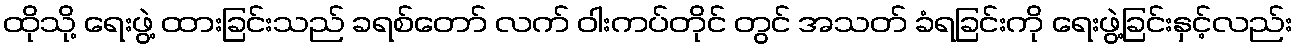
ထိုသို့ ရေးဖွဲ့ ထားခြင်းသည် ခရစ်တော် လက် ဝါးကပ်တိုင် တွင် အသတ် ခံရခြင်းကို ရေးဖွဲ့ခြင်းနှင့်လည်း